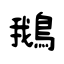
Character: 鵝